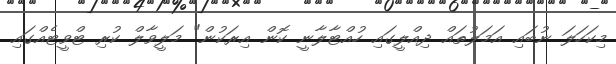
މިކަހަލަ ނުބައި އަމަލުތައް ދިއްލީގައި ހުއްޓާލާނީ ކޮން އިރަކުން" މަލީވާލް ކުރި ޓްވީޓެއްގައި